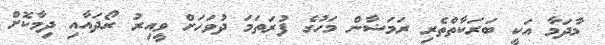
މާދަމާ އަކީ ބަރަކާތްތެރި ރަމަޟާން މަހުގެ ފުރަތަމަ ދުވަހަށް ވީއިރު ރޯދައާއި ދިމާކޮށް